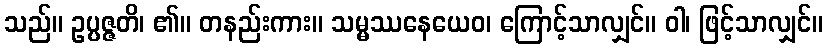
သည်။ ဥပ္ပဇ္ဇတိ၊ ၏။ တနည်းကား။ သမ္မဿနေယေဝ၊ ကြောင့်သာလျှင်။ ဝါ၊ ဖြင့်သာလျှင်။